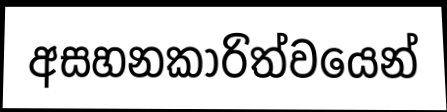
අසහනකාරිත්වයෙන්